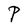
Character: P